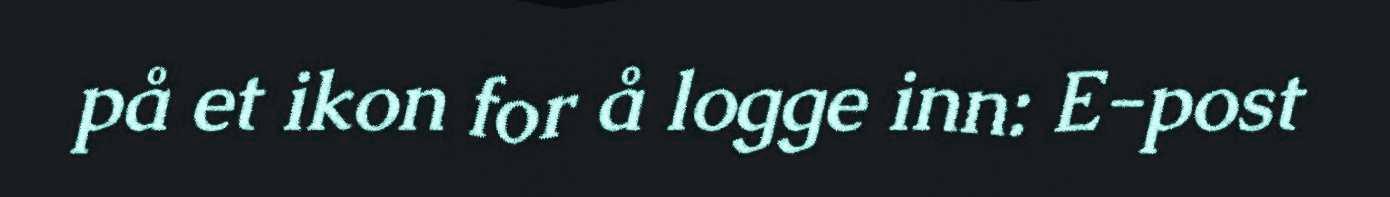
på et ikon for å logge inn: E-post